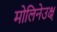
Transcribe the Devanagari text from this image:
मोलिनेउक्ष्